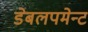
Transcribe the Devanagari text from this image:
डेबलपमेन्ट